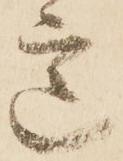
意